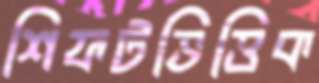
শিফটভিত্তিক